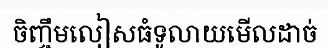
ចិញ្ចឹមលៀសធំទូលាយមើលដាច់